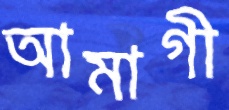
আমাগী